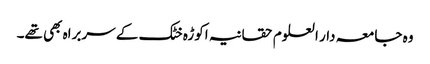
وہ جامعہ دار العلوم حقانیہ اکوڑہ خٹک کے سربراہ بھی تھے۔